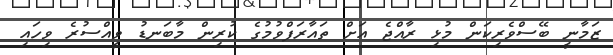
ޒަމާނީ ބޭސްވެރިކަން މުޅި ރާއްޖެ އަށް ތައާރަފްވުމުގެ ކުރިން މާބަނޑު ވީއްސުރެ ވިހައި